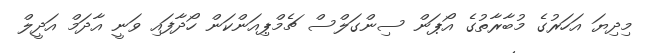
މިދިޔަ އަހަރުގެ މުބާރާތުގެ އޯޕަން ސިންގަލްސް ޗެމްޕިއަންކަން ހޯދާފައި ވަނީ އާދަމް އަދީލް